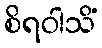
စိရဝါသိံ